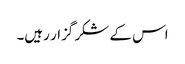
اس کے شکر گزار رہیں۔